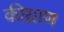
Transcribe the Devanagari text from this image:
कीघ्राण